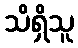
သိရှိသူ